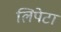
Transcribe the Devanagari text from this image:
लिपेटा